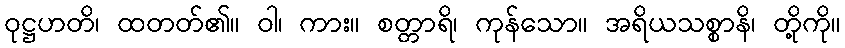
ဝုဋ္ဌဟတိ၊ ထတတ်၏။ ဝါ၊ ကား။ စတ္တာရိ၊ ကုန်သော။ အရိယသစ္စာနိ၊ တို့ကို။